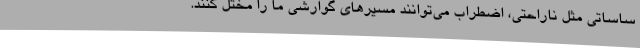
ساساتی مثل ناراحتی، اضطراب می‌توانند مسیرهای گوارشی ما را مختل کنند.